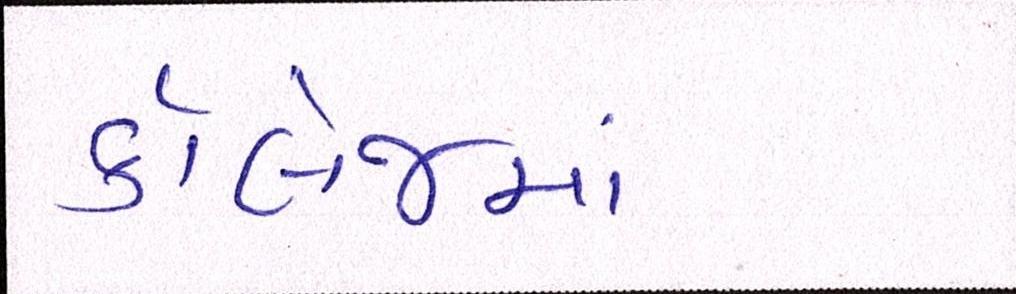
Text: કૉલેજમાં